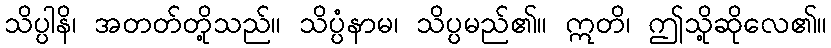
သိပ္ပါနိ၊ အတတ်တို့သည်။ သိပ္ပံနာမ၊ သိပ္ပမည်၏။ ဣတိ၊ ဤသို့ဆိုလေ၏။